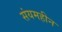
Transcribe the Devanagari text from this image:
संयमहीन